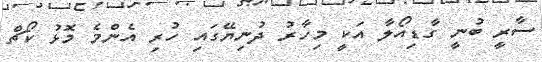
ސާރީ ބުނީ ގާޑިއޯލާ އަކީ މިހާރު ދުނިޔޭގައި ހުރި އެންމެ މޮޅު ކޯޗް